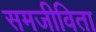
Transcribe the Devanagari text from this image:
समजीविता